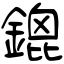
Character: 鎞